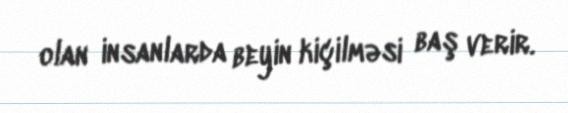
olan insanlarda beyin kiçilməsi baş verir.